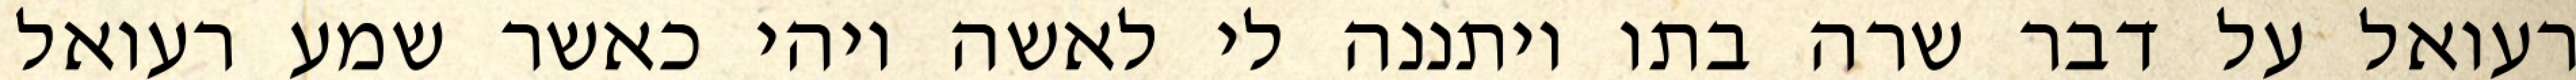
רעואל על דבר שרה בתו ויתננה לי לאשה ויהי כאשר שמע רעואל